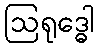
ဩရုဒ္ဓေါ